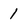
Character: 1